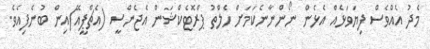
މެދު އެއްވެސް ފިޔަވަޅެއް އެޅެން ނޯންނާނެކަމަށް ހެލްތު ޕްރޮޓެކްޝަން އެޖެންސީ (އެޗްޕީއޭ)އިން ބުނެފިއެވެ.